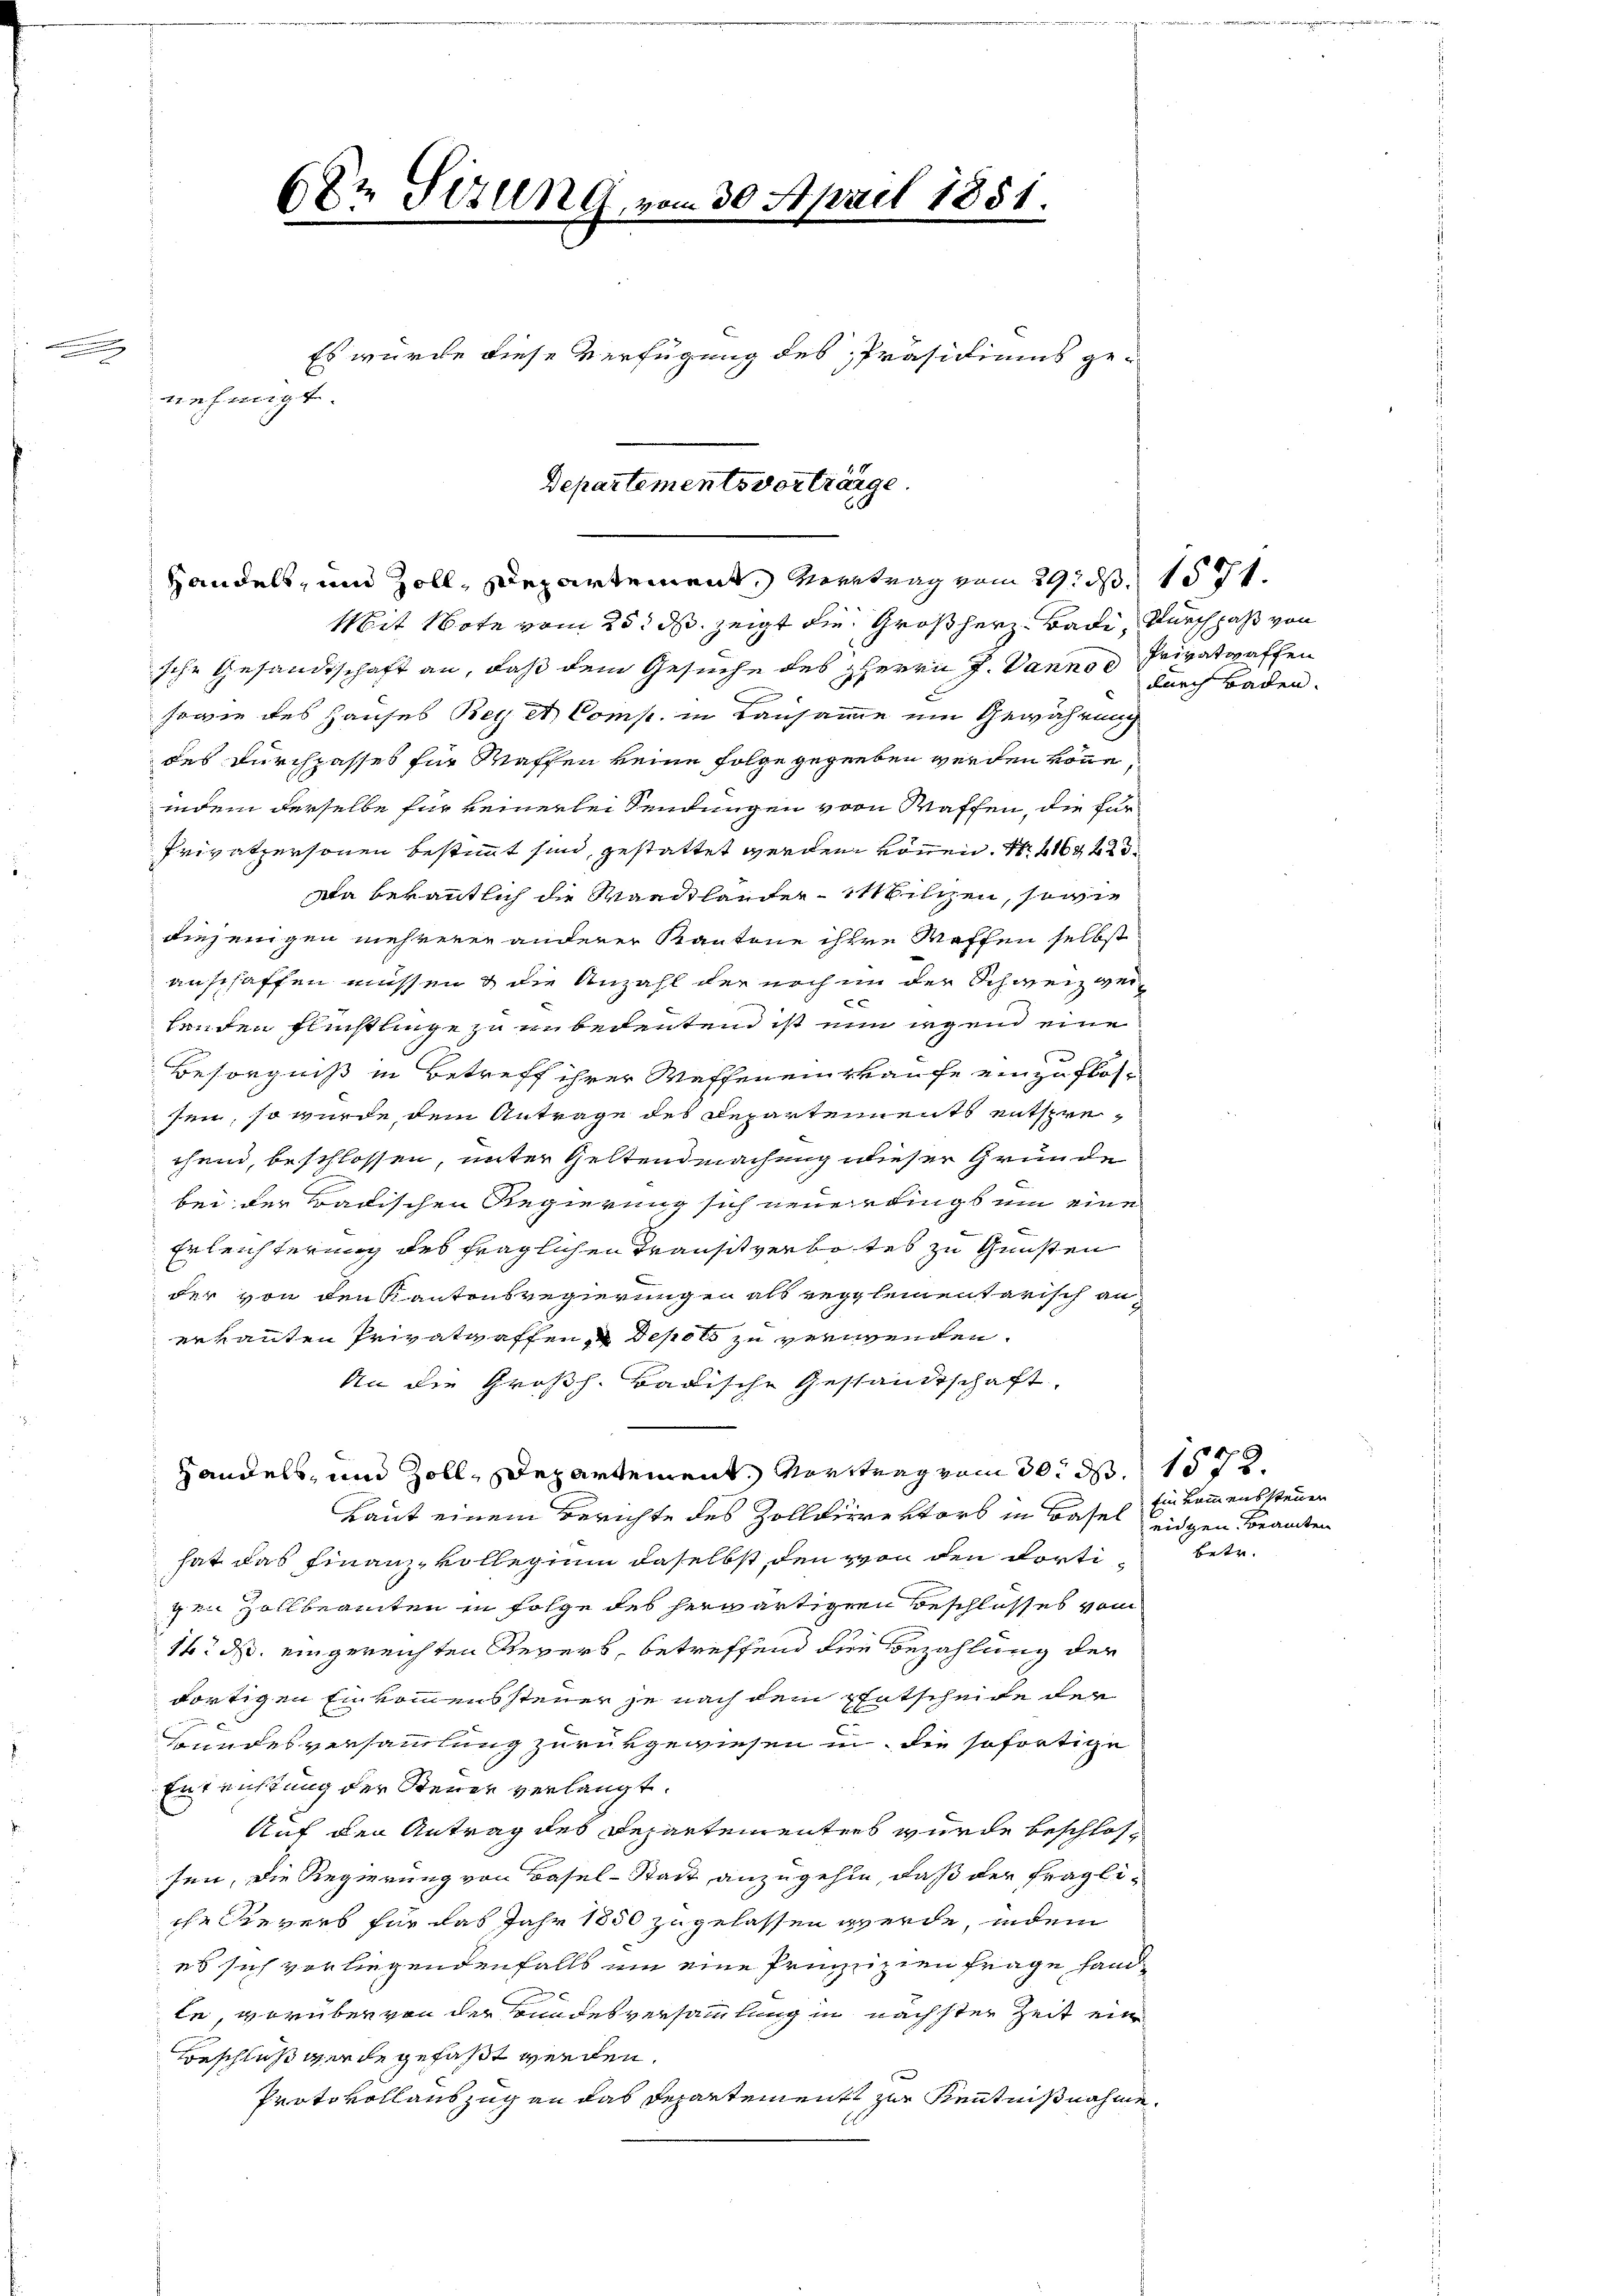
622 Sizung, vom 30. April 1851.
e
Es wurde diese Verfügung des Präsidiums ge-
nehmigt.

Departementsvorträge.
Handels, und Zoll, Departement, Vertrag vom 29. d. 1571.

Mit Note vom 25. ds. zeigt die Großherz- Badi, durch daß von
sche Gesandtschaft an, daß dem Gesuche des HHerrn J. Dannos Privatwaffen
sowie des Hauses Bey et Comp. in Lausamme ein Gewährung
des Durchpasses für Waffen keine Folge gegeben werden könne
indem derselbe für keinerlei Sendungen von Waffen, die für
Privatpersonen bestimmt sind, gestattet werden können. N. 414 f 23
Da bekanntlich die Waadtländer-Milizen, sowie
diejenigen mehrerer anderer Kantone ihre Waffen selbst
anschaffen müssen & die Anzahl der noch in der Schweizweix
henden Flüchtlinge zu unbedeutend ist nun irgend eine
Besorgniß in Betreff ihrer Waffen einkaufe einzuflos-
sen, so würde dem Antrage des Departements entsprechen, beschlossen, unter Geltendmachung dieser Grunde
bei der Badischen Regierung sich neuerdings um eine
Erleichterung des fraglichen Transit verbotes zu Gunsten
der von den Kantonsregierungen als reglementarisch anerkannten Privatwaffen, u. Depots zu verwenden.
An die Großh. Badische Gestandtschaft,
Handels, und Zoll, Departement, Vortrag vom 30. d. 1572.
Laut einem Berichte des Zolldirektors in Basel leiden Beamten
hat das Finanz-Kollegium daselbst, den von den dorti betr.
gen Zollbeamten in Folge des herwärtigen Beschlosses vom
16. ds. eingereichten Revers, betreffend den Bezahlung der
dortigen Einkommenssteuer je nach dem Entscheide der
Bundesversammlung zurükgewiesen in die sofortige
Entrichtung der Steuer verlangt.
Auf den Antrag des Repartementers wurde beschlossen, die Regierung von Basel-Stadt anzugehen, daß der fragliche Revers für das Jahr 1850 zugelassen werde, indem
es sich vorliegendenfalls um eine Prinzipien frage hand-
le, worüber von der Bundesversammlung in nächster Zeit ein
Beschluß werde gefaßt werden.
Protokollauszug an das Departement zur Kenntnißnahme,

durch Baden.

Ein kommenssteuer